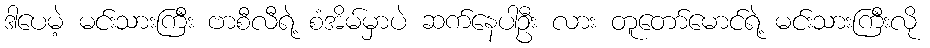
ဒါပေမဲ့ မင်းသားကြီး ဗာစီလီရဲ့ စံအိမ်မှာပဲ ဆက်နေပါဦး လား တူတော်မောင်ရဲ့ မင်းသားကြီးလို